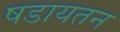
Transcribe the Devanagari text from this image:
षडायतन